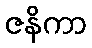
ဇနိကာ